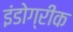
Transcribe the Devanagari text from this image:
इंंडोग्रीक